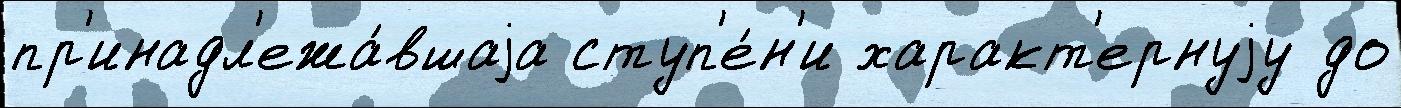
пр'инадл'ежа́вшаjа ступ'е́н'и характ'ернуjу до